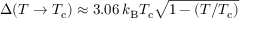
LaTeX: \Delta ( T \to T _ { \mathrm { { c } } } ) \approx 3 . 0 6 \, k _ { \mathrm { { B } } } T _ { \mathrm { { c } } } { \sqrt { 1 - ( T / T _ { \mathrm { { c } } } ) } }